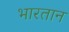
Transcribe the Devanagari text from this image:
भारतान